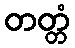
တတ္တံ